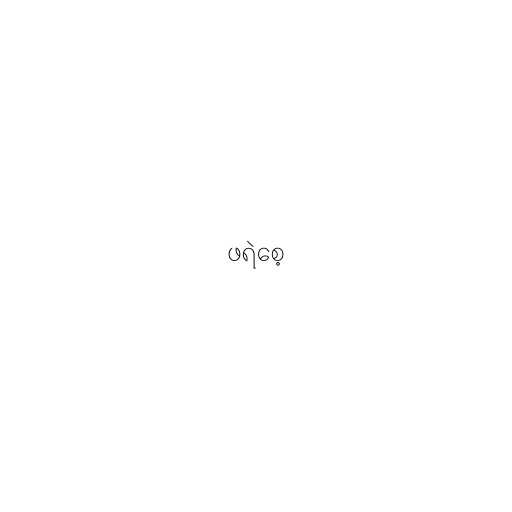
ဖရဲစေ့